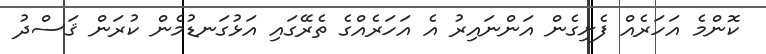
ކޮންމެ އަހަރެއް ފެށިގެން އަންނައިރު އެ އަހަރެއްގެ ތެރޭގައި އަޅުގަނޑުމެން ކުރަން ޤަސްދު